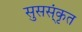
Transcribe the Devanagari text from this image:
सुसस्ंकृत